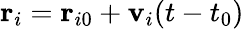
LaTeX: \mathbf{r}_{i}=\mathbf{r}_{i0}+\mathbf{v}_{i}(t-t_{0})